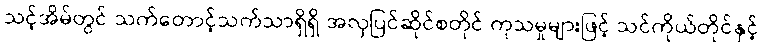
သင့်အိမ်တွင် သက်တောင့်သက်သာရှိရှိ အလှပြင်ဆိုင်စတိုင် ကုသမှုများဖြင့် သင်ကိုယ်တိုင်နှင့်